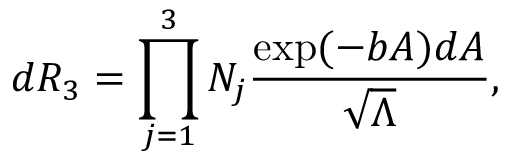
d R _ { 3 } = \prod _ { j = 1 } ^ { 3 } N _ { j } \frac { \exp ( - b { \cal A } ) d { \cal A } } { \sqrt { \Lambda } } ,